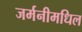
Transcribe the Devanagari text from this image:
जर्मनीमधिल